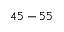
4 5 - 5 5